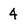
Character: 4